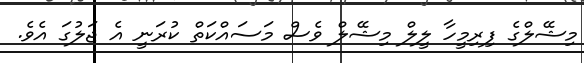
މިޝޭލްގެ ފިރިމީހާ ލީލް މިޝޭލް ވެސް މަސައްކަތް ކުރަނީ އެ ޖަލުގަ އެވެ.